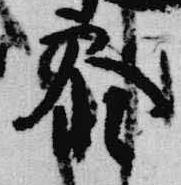
参